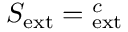
S _ { \mathrm { e x t } } = { } _ { \mathrm { e x t } } ^ { c }